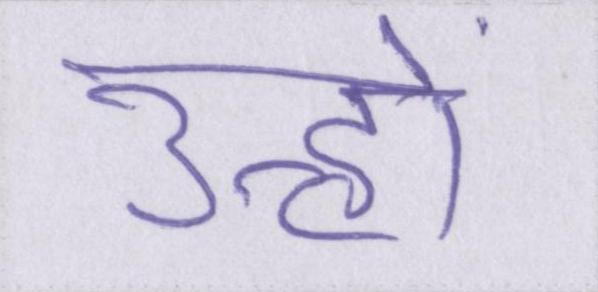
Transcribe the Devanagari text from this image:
उन्हों